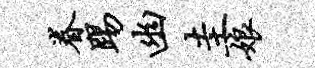
眷踢幽圭娘